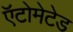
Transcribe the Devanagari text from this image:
ऍटोमेटेड